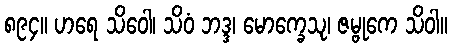
၈၉၄။ ဟရေ သိဝေါ၊ သိဝံ ဘဒ္ဒ၊ မောက္ခေသု၊ ဇမ္ဗုကေ သိဝါ။